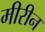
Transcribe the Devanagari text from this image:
मीरीन